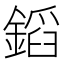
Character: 䤾